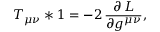
T _ { \mu \nu } * 1 = - 2 \, \frac { \partial \, { \cal L } } { \partial g ^ { \mu \nu } } ,